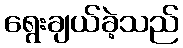
ရွေးချယ်ခဲ့သည်